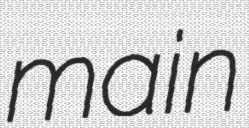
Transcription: main